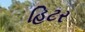
હિટર